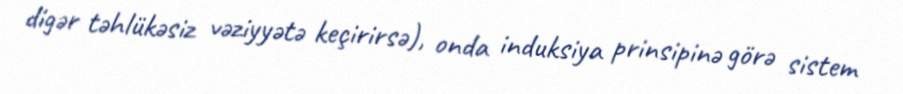
digər təhlükəsiz vəziyyətə keçirirsə), onda induksiya prinsipinə görə sistem